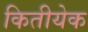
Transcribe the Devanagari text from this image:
कितीयेक